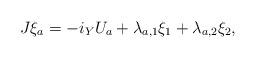
LaTeX: \begin{align*}J\xi_a=-i_Y U_a+\lambda_{a,1}\xi_1+\lambda_{a,2}\xi_2,\end{align*}